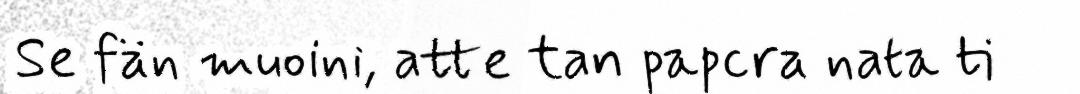
Se fän muoini, atte tan papcra nata ti